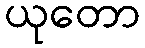
ယုတော